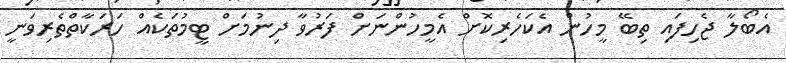
އެބޯލާ ޖެހިފައި ތިބޭ މީހުން އެކަހެރިކޮށް އެމީހުންނަށް ފަރުވާ ދިނުމަށް ޓީމުތަކެއް ހަރަކާތްތެރިވަނީ